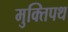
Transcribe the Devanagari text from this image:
मुक्तिपथ